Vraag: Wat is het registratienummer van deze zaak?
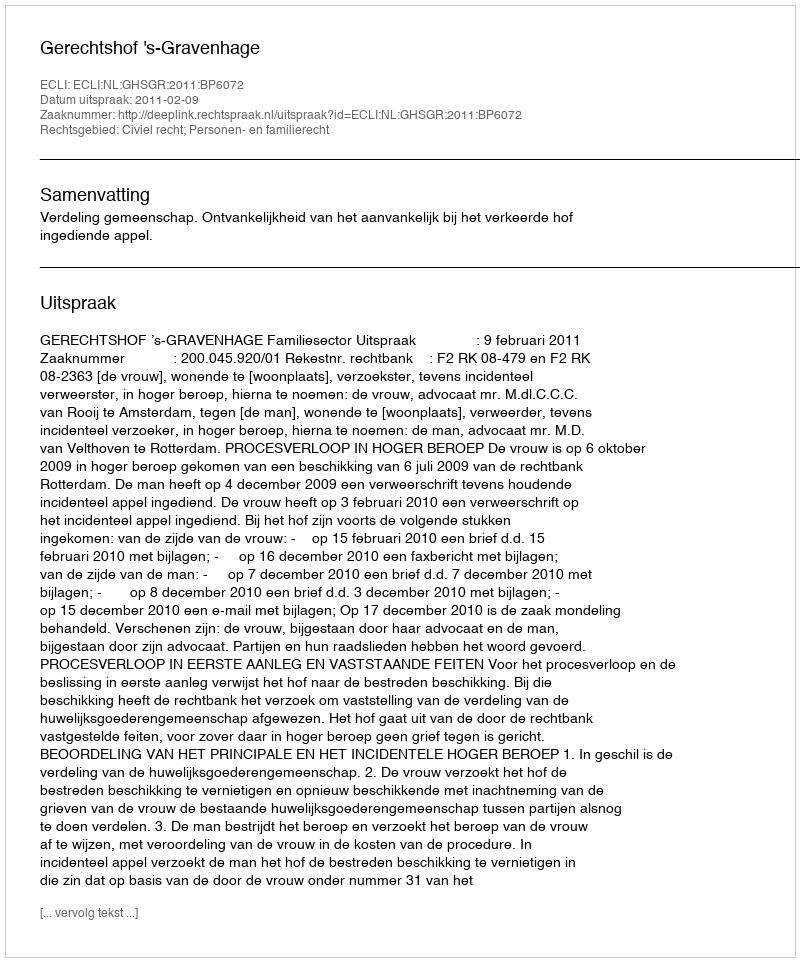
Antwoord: http://deeplink.rechtspraak.nl/uitspraak?id=ECLI:NL:GHSGR:2011:BP6072